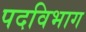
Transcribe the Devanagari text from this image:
पदविभाग